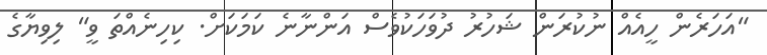
"އަހަރެން ހީއެއް ނުކުރަން ޝަހުރު ދުވަހަކުވެސް އަންނާނެ ކަމަކަށް. ކިހިނެއްތަ ވީ" ލިވިޔާގެ